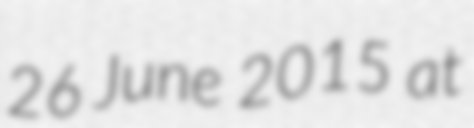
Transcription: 26 June 2015 at